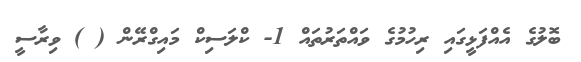
ބޮލުގެ އެއްފަޅީގައި ރިހުމުގެ ވައްތަރުތައް 1- ކްލަސިކް މައިގްރޭން ( ) ވިރާސީ